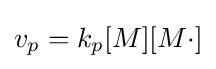
v_{p}=k_{p}[M][M\cdot ]